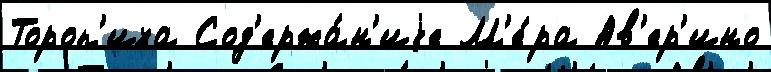
Тороп'иха Сод'ержа́н'иjе М'е́ра Ав'ер'ино